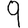
Digit: 9